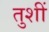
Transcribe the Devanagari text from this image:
तुशीं